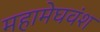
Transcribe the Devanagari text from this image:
महामेघवंश